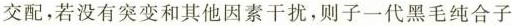
交配，若没有突变和其他因素干扰，则子一代黑毛纯合子